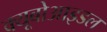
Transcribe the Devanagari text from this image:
क्यूबोआइडल